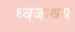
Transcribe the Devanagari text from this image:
ध्वजाश्रय